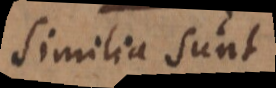
similia sunt